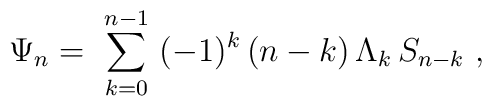
\Psi_n = \ \sum_{k=0}^{n-1} \ (-1)^k\, (n-k)\, \Lambda_k\, S_{n-k}\ ,